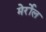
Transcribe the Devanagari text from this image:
मेर्रोल